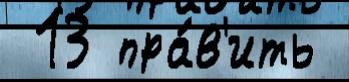
 13 пра́в'ить